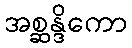
အစ္ဆန္ဒိကော